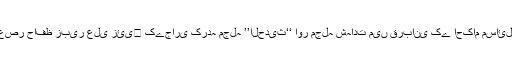
زیر نظر کتابچہ ’’قربانی کے مسائل‘‘محدث العصر حافظ زبیر علی زئی﷫ کےجاری کردہ مجلہ ’’الحدیث‘‘ اور مجلہ شہادت میں قربانی کے احکام مسائل کے حوالے سے مطبوعہ مضامین کا مجموعہ ہے ۔